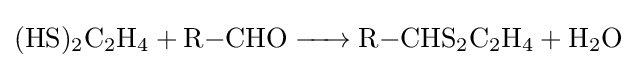
{\ce {(HS)2C2H4 + R-CHO -> R-CHS2C2H4 + H2O}}